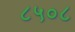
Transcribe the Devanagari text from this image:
८५०८